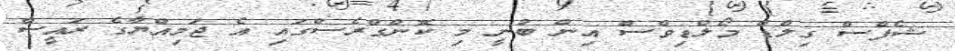
ޝެފްސް ގިލްޑް މޯލްޑިވްސް އިން ބުނީ މި ކޮންގްރެސްގައި އެ ޖަމިއްޔާގެ ރައީސާ